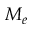
M _ { e }